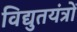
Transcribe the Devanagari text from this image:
विद्युतयंत्रों